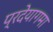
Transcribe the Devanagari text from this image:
प्रदेयागमा